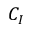
C _ { I }